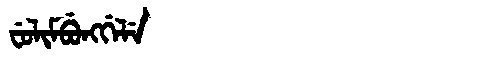
Manchu: ᠸᡠᠯᡳᠮᠪᡠᠩᡤᡝᠯᡝ
Romanization: FULIMBUNGGELE